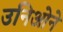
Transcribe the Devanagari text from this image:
उनिओने